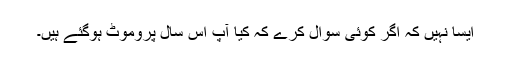
ایسا نہیں کہ اگر کوئی سوال کرے کہ کیا آپ اس سال پروموٹ ہوگئے ہیں۔